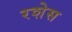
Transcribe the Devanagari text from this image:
रशेस